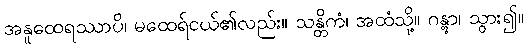
အနူထေရဿာပိ၊ မထေရ်ငယ်၏လည်း။ သန္တိကံ၊ အထံသို့။ ဂန္တွာ၊ သွား၍။